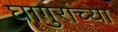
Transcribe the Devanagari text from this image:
घागुरांच्या